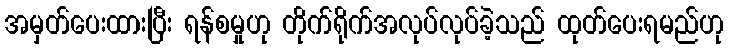
အမှတ်ပေးထားပြီး ရန်စမှုဟု တိုက်ရိုက်အလုပ်လုပ်ခဲ့သည် ထုတ်ပေးရမည်ဟု